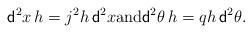
LaTeX: \begin{align*} {\sf d}^2x \, h = j^2h \, {\sf d}^2x \mbox{and} {\sf d}^2\theta \, h = qh \, {\sf d}^2\theta.\end{align*}